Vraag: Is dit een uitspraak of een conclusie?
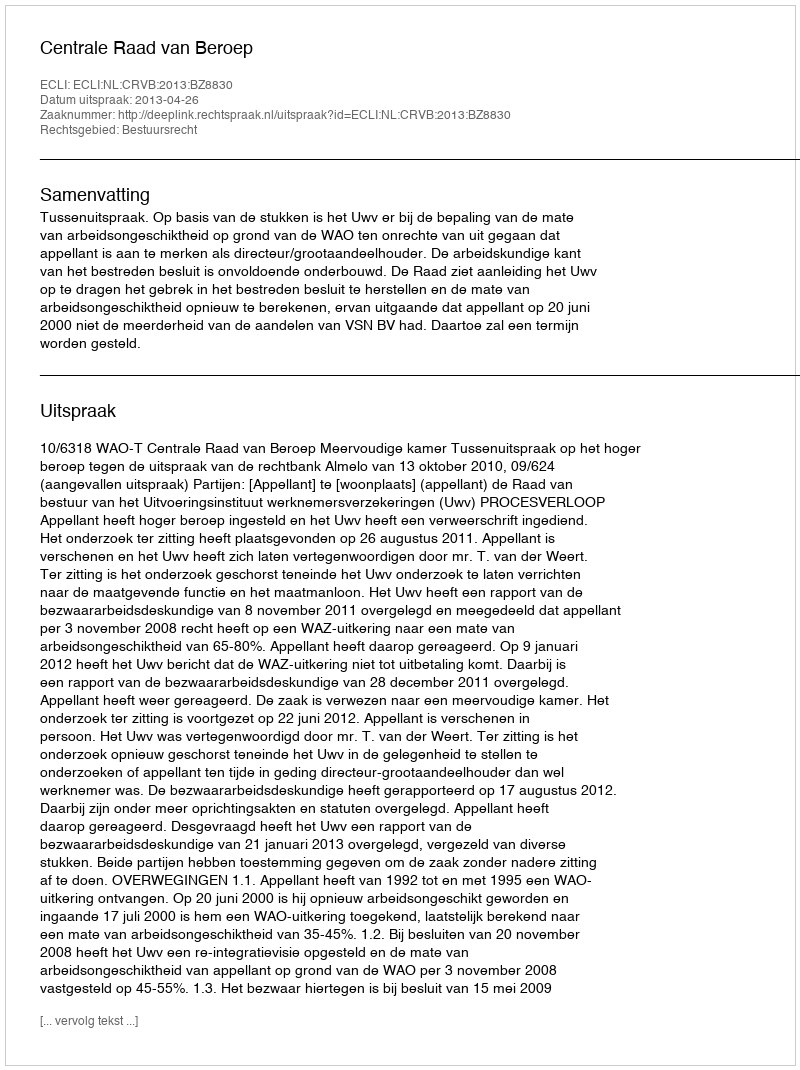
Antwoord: Uitspraak